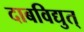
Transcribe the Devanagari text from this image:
दाबविद्युत्‌